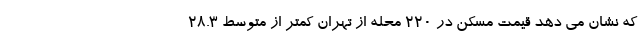
که نشان می دهد قیمت مسکن در ۲۲۰ محله از تهران کمتر از متوسط ۲۸.۳